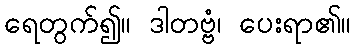
ရေတွက်၍။ ဒါတဗ္ဗံ၊ ပေးရာ၏။